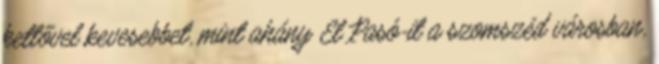
kettővel kevesebbet, mint ahány El Pasó-it a szomszéd városban,